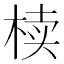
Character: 椟